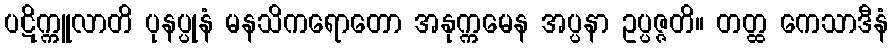
ပဋိက္ကူလာတိ ပုနပ္ပုနံ မနသိကရောတော အနုက္ကမေန အပ္ပနာ ဥပ္ပဇ္ဇတိ။ တတ္ထ ကေသာဒီနံ